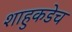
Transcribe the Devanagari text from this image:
शाहुकडेच